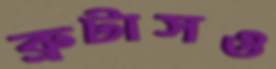
ব্রুটাসও